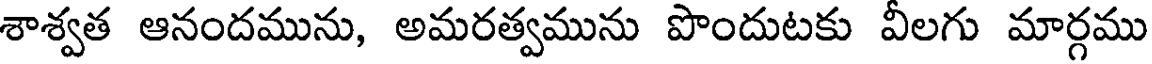
శాశ్వత ఆనందమును, అమరత్వమును పొందుటకు వీలగు మార్గము